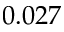
0 . 0 2 7